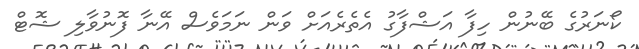
ކޯނަރުގެ ބޭނުން ހިފާ އަޝްފާގު އެތެރެއަށް ވަން ނަމަވެސް އޭނާ ފޮނުވާލި ޝޮޓް